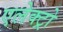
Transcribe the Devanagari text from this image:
एलेक्ट्रो